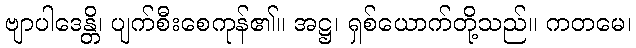
ဗျာပါဒေန္တိ၊ ပျက်စီးစေကုန်၏။ အဋ္ဌ၊ ရှစ်ယောက်တို့သည်။ ကတမေ၊